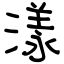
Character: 漾